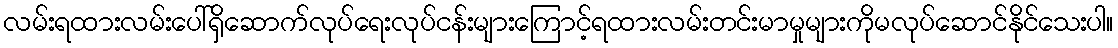
လမ်းရထားလမ်းပေါ်ရှိဆောက်လုပ်ရေးလုပ်ငန်းများကြောင့်ရထားလမ်းတင်းမာမှုများကိုမလုပ်ဆောင်နိုင်သေးပါ။